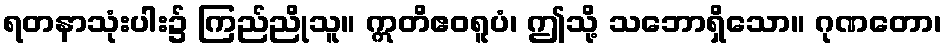
ရတနာသုံးပါး၌ ကြည်ညိုသူ။ ဣတိဧဝရူပံ၊ ဤသို့ သဘောရှိသော။ ဂုဏတော၊